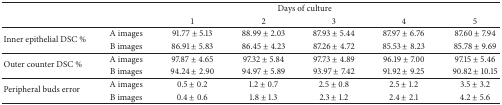
|  | <COLSPAN=6> Days of culture |
 |  |  | 1 | 2 | 3 | 4 | 5 |
 | --- | --- | --- | --- | --- | --- | --- |
 | <ROWSPAN=2> Inner epithelial DSC % | A images | 91.77 ± 5.13 | 88.99 ± 2.03 | 87.93 ± 5.44 | 87.97 ± 6.76 | 87.60 ± 7.94 |
 | B images | 86.91 ± 5.83 | 86.45 ± 4.23 | 87.26 ± 4.72 | 85.53 ± 8.23 | 85.78 ± 9.69 |
 | <ROWSPAN=2> Outer counter DSC % | A images | 97.87 ± 4.65 | 97.32 ± 5.84 | 97.73 ± 4.89 | 96.19 ± 7.00 | 97.15 ± 5.46 |
 | B images | 94.24 ± 2.90 | 94.97 ± 5.89 | 93.97 ± 7.42 | 91.92 ± 9.25 | 90.82 ± 10.15 |
 | <ROWSPAN=2> Peripheral buds error | A images | 0.5 ± 0.2 | 1.2 ± 0.7 | 2.5 ± 0.8 | 2.5 ± 1.2 | 3.5 ± 3.2 |
 | B images | 0.4 ± 0.6 | 1.8 ± 1.3 | 2.3 ± 1.2 | 2.4 ± 2.1 | 4.2 ± 5.6 |